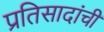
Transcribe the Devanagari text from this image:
प्रतिसादांची